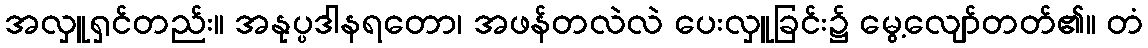
အလှူရှင်တည်း။ အနုပ္ပဒါနရတော၊ အဖန်တလဲလဲ ပေးလှူခြင်း၌ မွေ့လျော်တတ်၏။ တံ